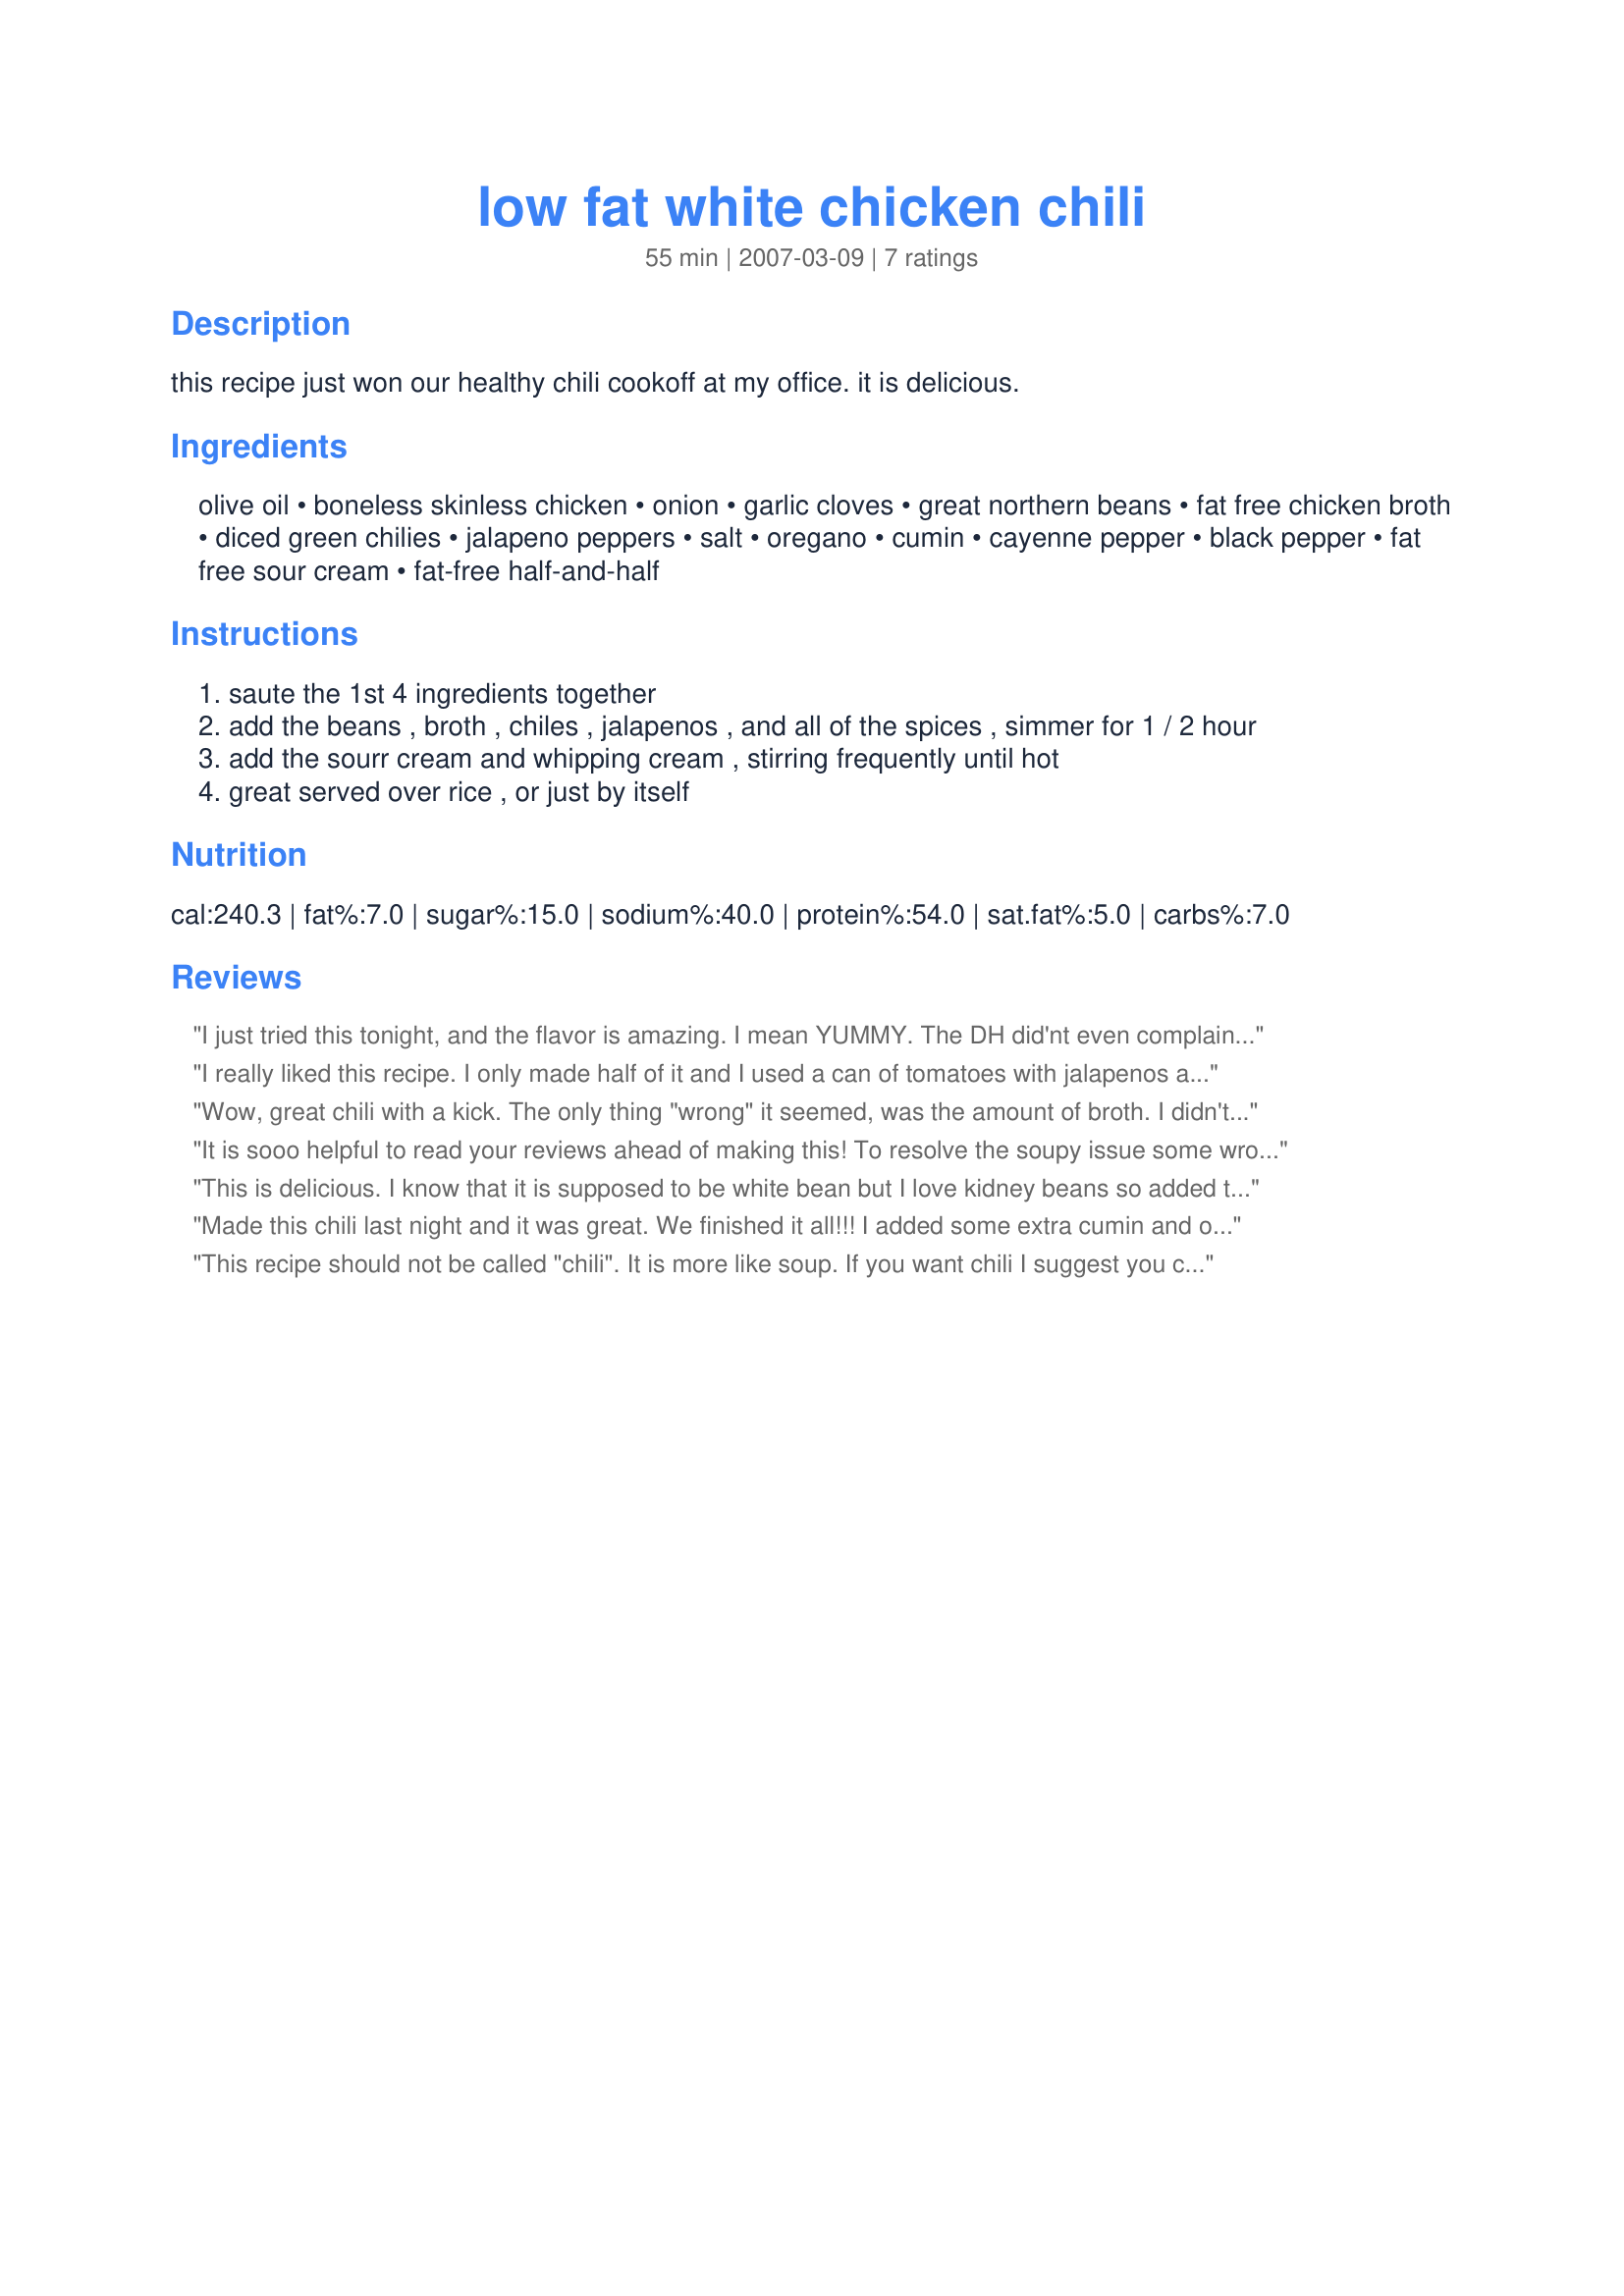
low fat white chicken chili
Preparation time: 55 minutes

this recipe just won our healthy chili cookoff at my office. it is delicious.

Ingredients:
olive oil, boneless skinless chicken, onion, garlic cloves, great northern beans, fat free chicken broth, diced green chilies, jalapeno peppers, salt, oregano, cumin, cayenne pepper, black pepper, fat free sour cream, fat-free half-and-half

Steps:
saute the 1st 4 ingredients together
add the beans , broth , chiles , jalapenos , and all of the spices , simmer for 1 / 2 hour
add the sourr cream and whipping cream , stirring frequently until hot
great served over rice , or just by itself

Reviews:
I just tried this tonight, and the flavor is amazing. I mean YUMMY. The DH did'nt even complain about the FF sour cream (nearly miraculous). This soup really doesn't taste low fat at all. As the other reviewer mentioned, this is a fairly soupy chili, but that could easily be adjusted to suit your tastes. Yum Yum Yum.
I really liked this recipe. I only made half of it and I used a can of tomatoes with jalapenos and used some corn starch at the end to thicken it up. I skipped the half and half altogether and it was great!
Wow, great chili with a kick. The only thing "wrong" it seemed, was the amount of broth. I didn't use anywhere near 32 oz. It would have been soup, not chili, with all that broth. I used more like 2 cups. very easy recipe, with some real hotness to it, which is the way we like it. Even my youngest DS, who complains about white chili, said it was good.
It is sooo helpful to read your reviews ahead of making this! To resolve the soupy issue some wrote about, I skipped the fat-free half and half (it is just corn syrup anyway) and added a 3 oz cube of (1/3 Less Fat) NeufchÃ¢tel Cheese (Cream Cheese) it adds about 10 G of fat to the entire pot. I also cut back to about 16 oz of broth and at the end of the process still added just a tiny bit of liquified corn starch. I also added some smoke flavor to the broth step and big chunks of bell peppers when I added the sour cream. Gosh this is good stuff!-- update day two, sour cream flavor got a bit heavy feeling (even though low fat) added a bunch of chopped cilantro and this REALLY made the meal!
This is delicious. I know that it is supposed to be white bean but I love kidney beans so added them. I also added stewed tomatoes with jalapenos. Instead of fat free sour cream I used fat free yogurt. I continued to simmer the chili a little after I added the yogurt and half and half which resulted in chunky (not soupy) chili. I am not a cook at all and this recipe made me look good.
Made this chili last night and it was great. We finished it all!!! I added some extra cumin and oregano for some more flavor, and didnt add the sour cream or half and half. So to thicken it I added some water and corn starch. Turned out beautifully.
This recipe should not be called "chili". It is more like soup. If you want chili I suggest you cut the chicken broth way down and add more beans. Or change the name.
